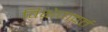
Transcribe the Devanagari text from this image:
विक्षेपावर्त